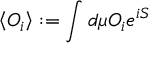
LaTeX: \left\langle O _ { i } \right\rangle : = \int d \mu O _ { i } e ^ { i S }